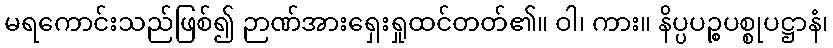
မရကောင်းသည်ဖြစ်၍ ဉာဏ်အားရှေးရှုထင်တတ်၏။ ဝါ၊ ကား။ နိပ္ပပဉ္စပစ္စုပဋ္ဌာနံ၊